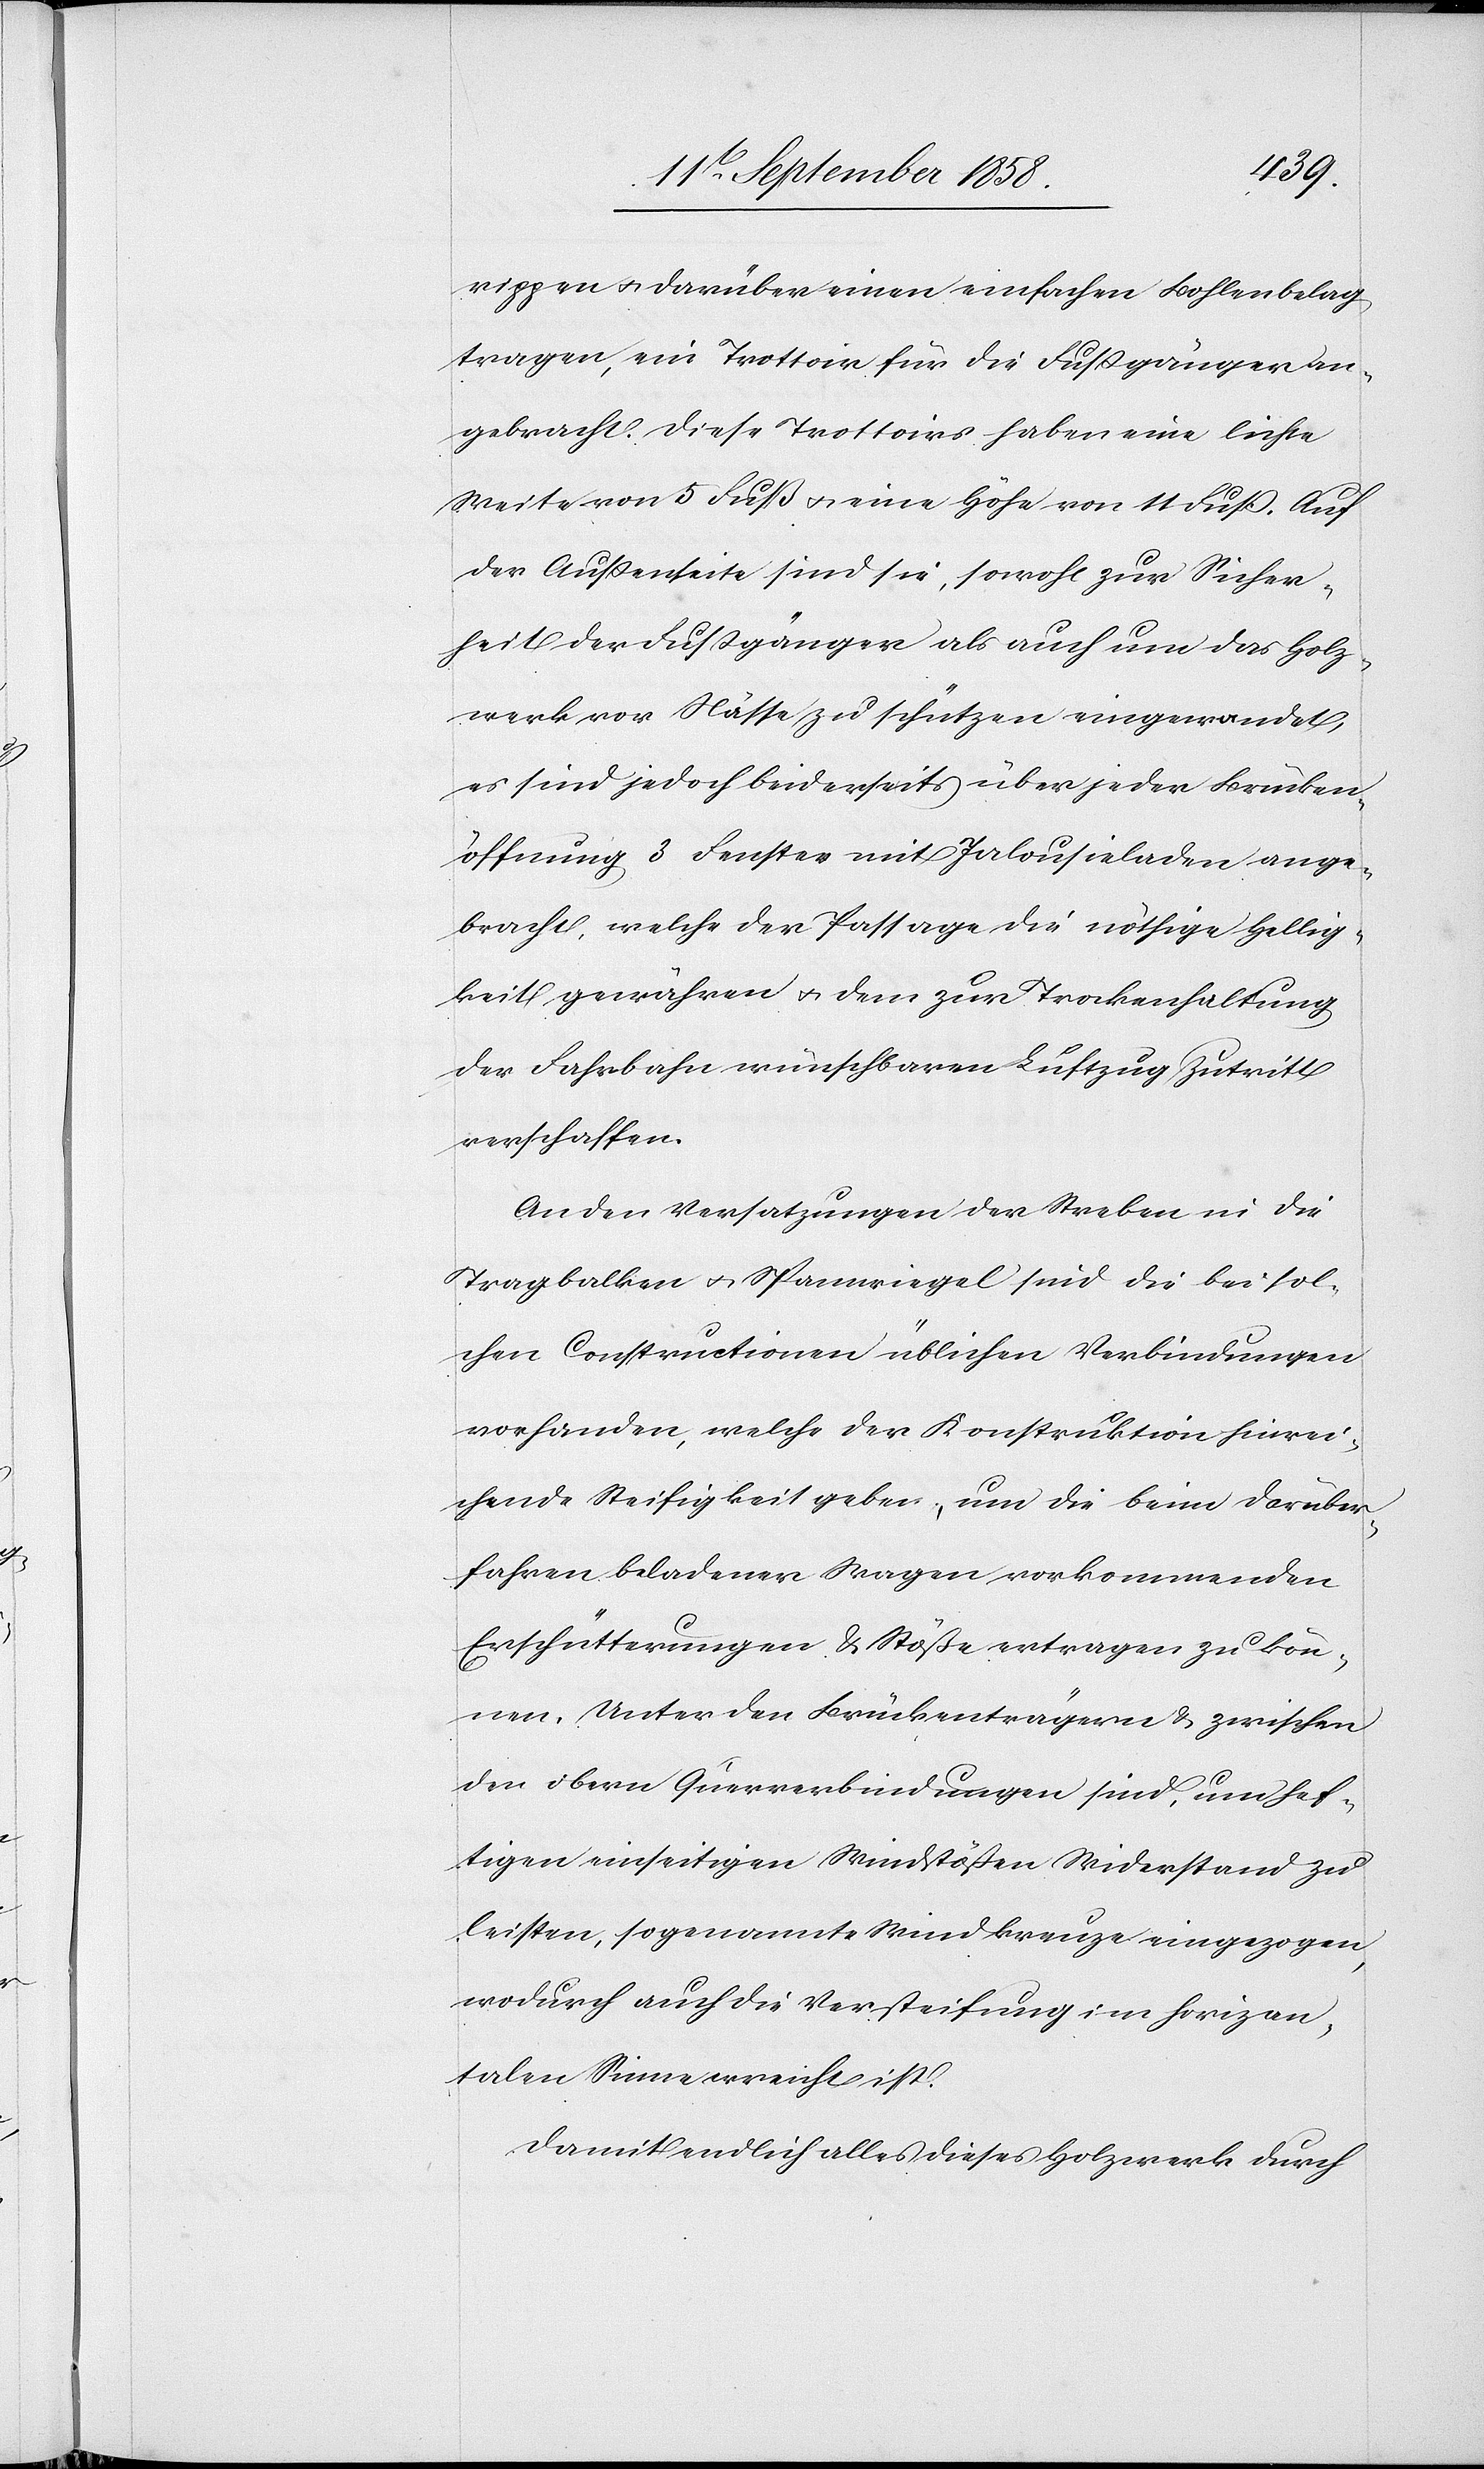
rippen & darüber einen einfachen Bohlenbelag
tragen, ein Trottoir für die Fußgänger an¬
gebracht. Diese Trottoirs haben eine lichte
Weite von 5 Fuß & eine Höhe von 11 Fuß. Auf
der Außenseite sind sie, sowohl zur Sicher¬
heit der Fußgänger als auch um das Holz¬
werk vor Nässe zu schützen eingewandet,
es sind jedoch beiderseits über jeder Brücken¬
öffnung 3 Fenster mit Jalousieladen ange¬
bracht, welche der Passage die nöthige Hellig¬
keit gewähren & dem zur Trockenhaltung
der Fahrbahn wünschbaren Luftzug Zutritt
verschaffen.
An den Versatzungen der Streben in die
Tragbalken & Spannriegel sind die bei sol¬
chen Constructionen üblichen Verbindungen
vorhanden, welche der Konstruktion hinrei¬
chende Steifigkeit geben, um die beim Darüber¬
fahren beladener Wagen vorkommenden
Erschütterungen & Stöße ertragen zu kön¬
nen. Unter den Brückenträgern & zwischen
den obern Querverbindungen sind, um hef¬
tigen einseitigen Windstößen Widerstand zu
leisten, sogenannte Windkreuze eingezogen,
wodurch auch die Versteifung im horizon¬
talen Sinne erreicht ist.
Damit endlich alles dieses Holzwerk durch